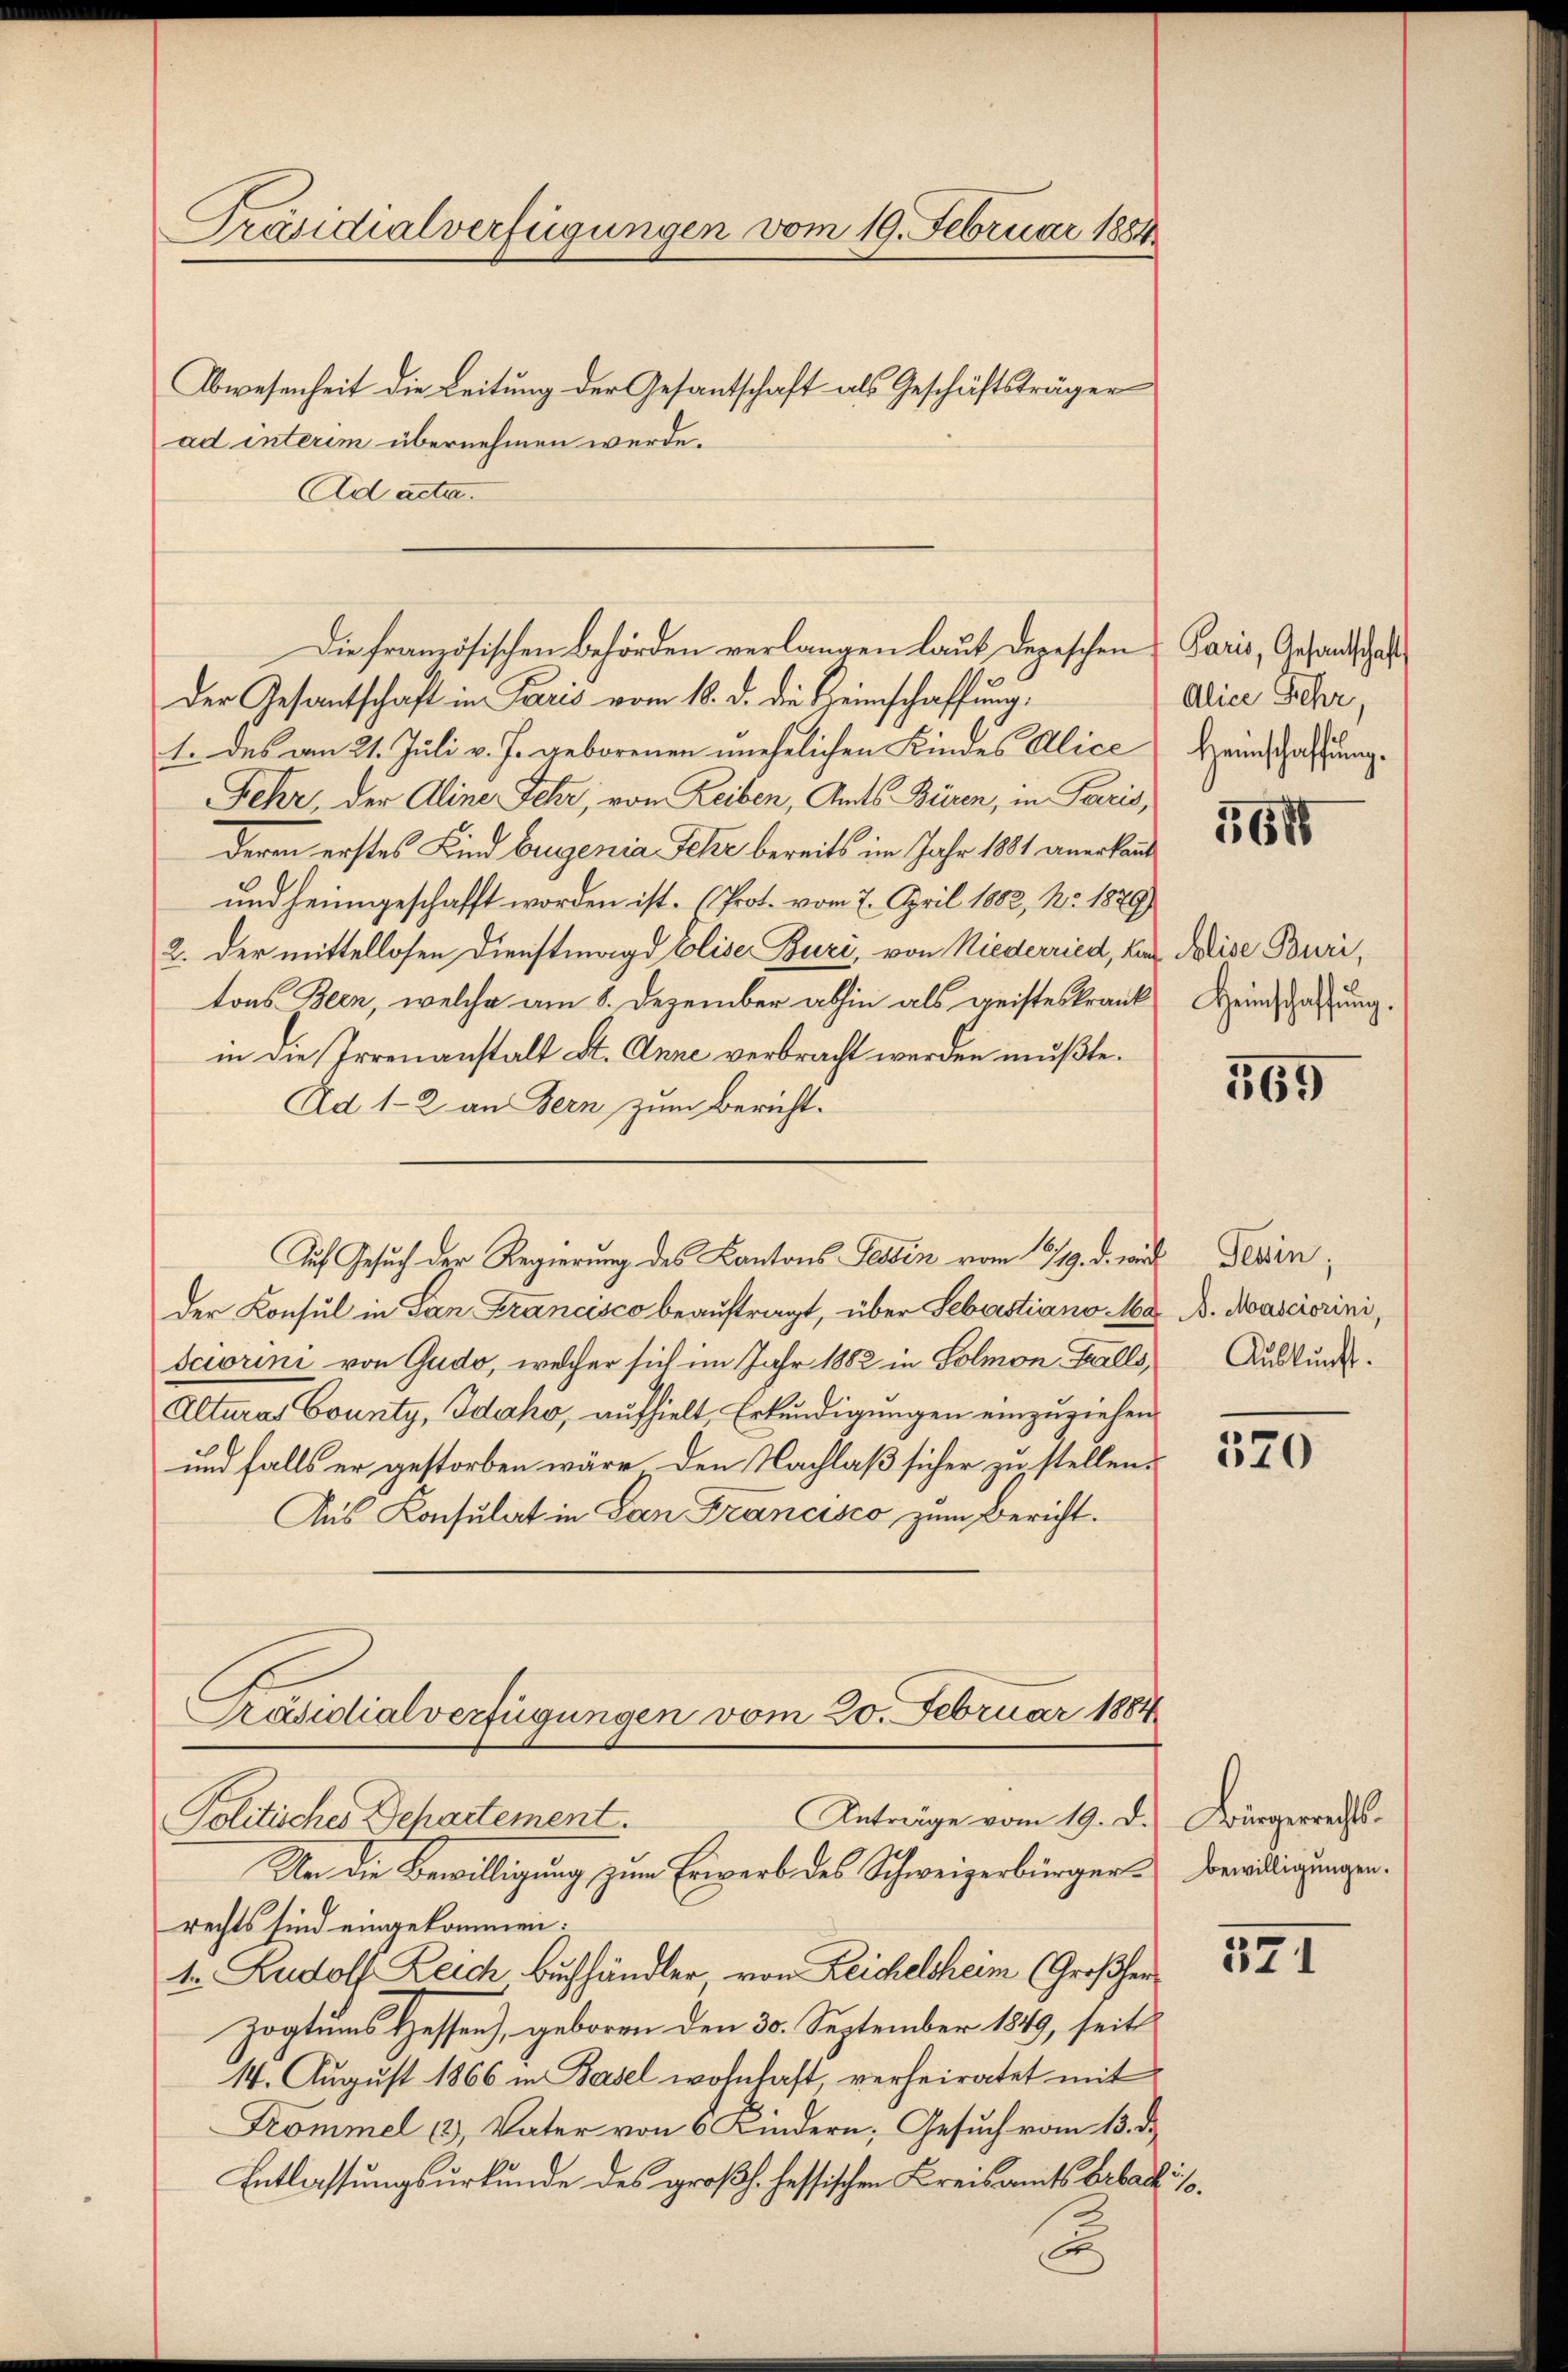
Präsidialverfügungen vom 19. Februar 1884

Abwesenheit die Leitung der Gesantschaft als Geschäftsträger
ad interim übernehmen werde.
Ad acta.
Der Gesantschaft in Paris vom 18. d. die Heimschaffung,
1. des vom 21. Juli v. J. geborenen unehelichen Kindes Alice Heimschaffung
Fehr der Aline Fehr, vom Reiben, Amts Büren, in Paris,
deren erstes Kind brugenia Fehr bereits im Jahr 1881 anerkannt
und heimgeschafft worden ist. (Prot. vom 7. April 1882, No. 1879)
2. der mittellosen Dienstmagd Eliser Buri, von Niederried, die dise Buri,
tons Been, welche am 8. Dezember abhin als geisteskrank Heinschaftung.
in die Irrenanstalt St. Anne verbracht werden mußte.
Ad 1-2 an Bern zum Bericht.
Auf Gesuch der Regierung des Kantons Tessin vom 319. d. wird
der Konsul in San Francisco beauftragt, über Sebastiano. 168. B. Nasciorini,
Sciorini von Gudo, welcher sich im Jahr 1882 in Solmon Falls,
Alturas County, Idaho, aufhielt, Erkundigungen einzuziehen.
und falls er gestorben wäre, den Nachlaß sicher zu stellen.
Aus Konsulat in San Francisco zum Bericht.
Präsidialverfügungen vom 20. Februar 1884
Anträge vom 19. d. Bürgerrechts-
Politisches Departement.
An die Bewilligung zum Erwerb des Schweizerbürgers Bewiligungenrechts sind eingekommen:
1. Rudolf Reich Buchhändler von Zeichelheim (Großherzogtums Hessen), geboren den 30. September 1849, seit
14. August 1866 in Basel wohnhaft, verheiratet mit
Kommel 13, Vater von 6 Kindern, Gesuch vom 13. d.
Entlassungsurkunde des großh. hessischen Kreisamts Erbaut is

Die französischen Behörden verlangen laut depeschen Paris, Gesandtschaft

Alice Sehr,

561

569

Tessin;
Auskunft.

320

571